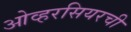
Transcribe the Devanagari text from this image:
ओव्हरसियरची